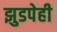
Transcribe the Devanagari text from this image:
झुडपेही